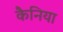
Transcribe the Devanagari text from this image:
कैनिया